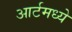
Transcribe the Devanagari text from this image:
आर्टमध्‍ये